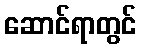
ဆောင်ရာတွင်